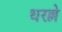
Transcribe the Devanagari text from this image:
धरल्ले